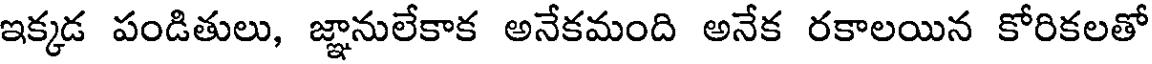
ఇక్కడ పండితులు, జ్ఞానులేకాక అనేకమంది అనేక రకాలయిన కోరికలతో